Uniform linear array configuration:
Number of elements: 8
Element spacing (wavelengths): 1
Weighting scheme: exponential
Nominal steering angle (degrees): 60
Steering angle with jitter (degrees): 59.934
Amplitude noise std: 0.05
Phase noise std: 0.05

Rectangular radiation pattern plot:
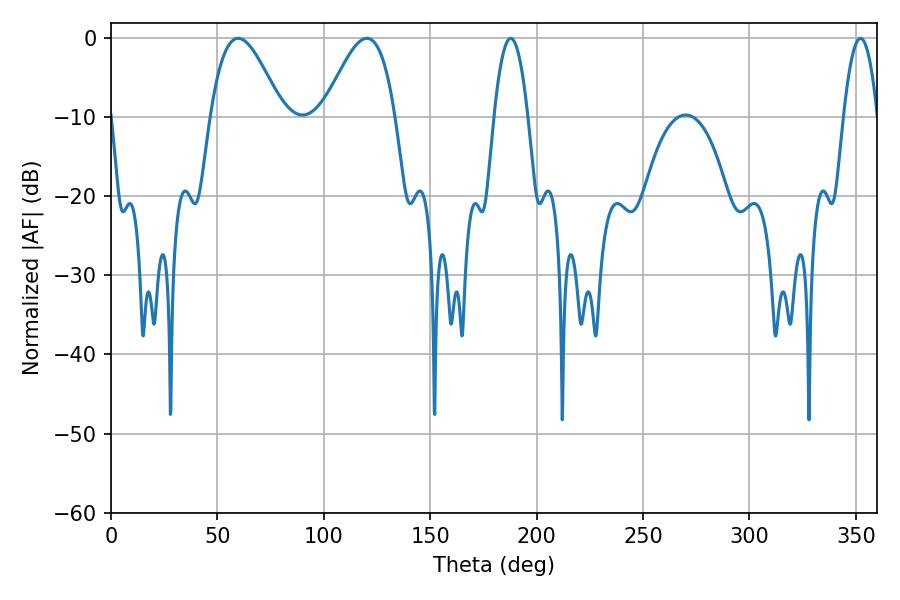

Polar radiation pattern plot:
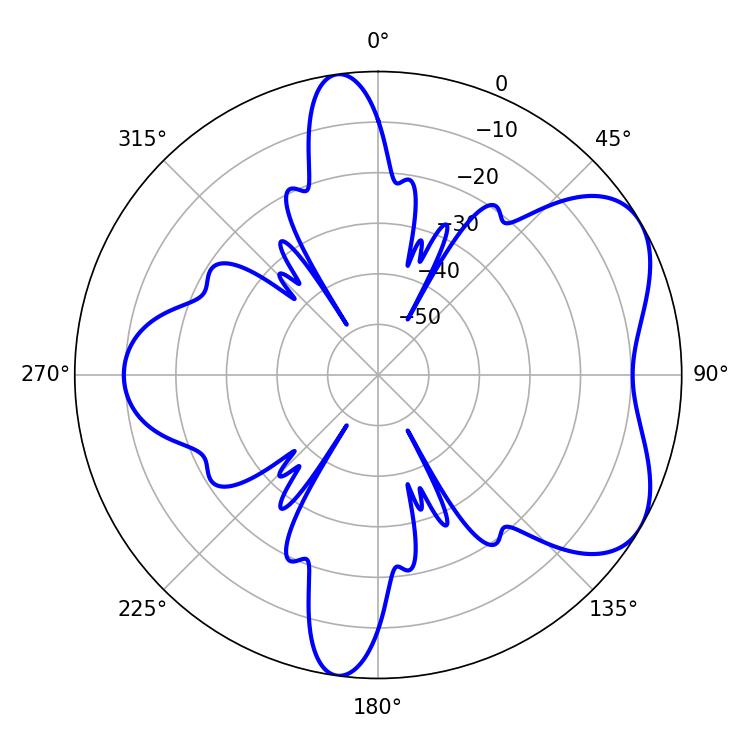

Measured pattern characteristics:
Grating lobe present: TRUE
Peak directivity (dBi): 5.642
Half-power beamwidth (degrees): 18.18
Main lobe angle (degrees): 59.76